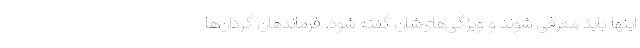
اینها باید معرفی شوند و ویژگی‌های‌شان گفته شود. فرماندهان گردان‌ها